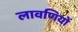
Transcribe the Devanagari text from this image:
लावणियों